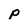
Character: p